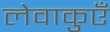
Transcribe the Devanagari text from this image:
लेवाकुएँ